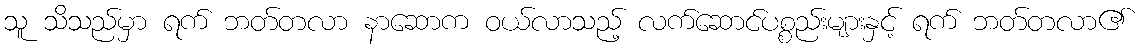
သူ သိသည်မှာ ရက် ဘတ်တလာ နာဆောက ဝယ်လာသည့် လက်ဆောင်ပစ္စည်းများနှင့် ရက် ဘတ်တလာ၏